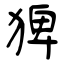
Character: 猈